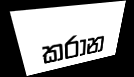
කරාන